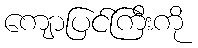
ကျောပြင်ကြီးကို